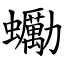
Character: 䘈